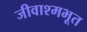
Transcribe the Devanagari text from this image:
जीवाश्मभूत